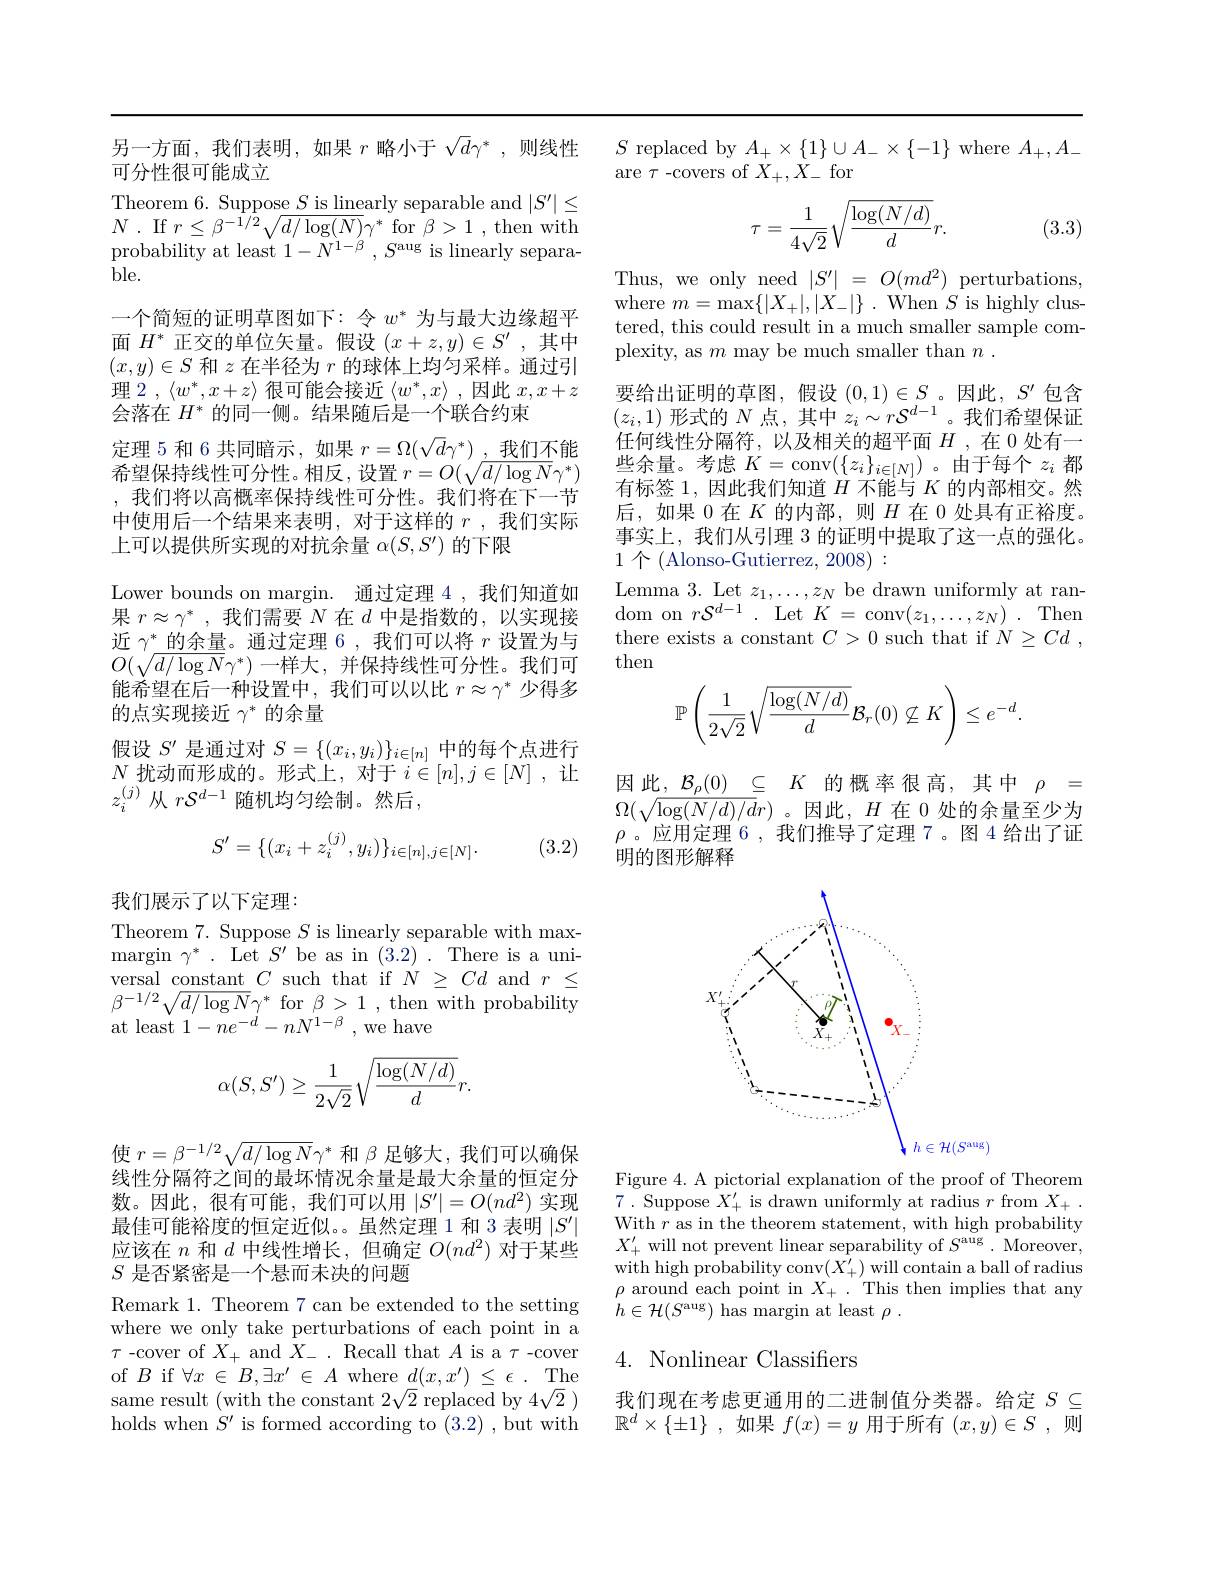
另一方面，我们表明，如果$r$略小于$\sqrt d\gamma^*$,则线性
可分性很可能成立
Theorem 6. Suppose $S$ is linearly separable and $|S^\prime|\leq$ $N$ . If $r\leq \beta ^{- 1/ 2}\sqrt {d/ \log ( N) }\gamma ^{* }$ for $\beta > 1$ ,then with probability at least $1-N^{1-\beta}$ , $S^{\mathrm{aug~is~linearly~separa}}$ ble.
一个简短的证明草图如下：令$w^*$为与最大边缘超平面$H^*$正交的单位矢量。假设$(x+z,y)\in S^\prime$,其中$(x,y)\in S$和$z$在半径为$r$的球体上均匀采样。通过引理 2 , $\langle w^*,x+z\rangle$很可能会接近$\langle w^*,x\rangle$ ,因此$x,x+z$ 会落在$H^*$的同一侧。结果随后是一个联合约束
定理 5 和 6 共同暗示 , 如果$r=\Omega(\sqrt d\gamma^*)$ ,我们不能$\begin{aligned}\text{希望保持线性可分性。相反，设置 }r=O(\sqrt{d/\log N}\gamma^{*})\end{aligned}$ ,我们将以高概率保持线性可分性。我们将在下一节中使用后一个结果来表明，对于这样的$r$ ,我们实际上可以提供所实现的对抗余量$\alpha(S,S^{\prime})$的下限
Lower bounds on margin. 通过定理 4,我们知道如果$r\approx \gamma ^{* }$ ,我们需要$N$在$d$中是指数的，以实现接近$\gamma^*\underline{\text{的余量。通过定理 6,我们可以将 }r}$设置为与$O(\sqrt{d/\log N}\gamma^{*})$一样大，并保持线性可分性。我们可能希望在后一种设置中，我们可以以比$r\approx\gamma^*$少得多的点实现接近$\gamma^*$的余量
假设$S^\prime$是通过对$S=\{(x_i,y_i)\}_{i\in[n]}$中的每个点进行$N$扰动而形成的。形式上，对于$i\in[n],j\in[N]$ ,让$z_i^{(j)}$从$r\mathcal{S}^d-1$随机均匀绘制。然后，
$$S'=\{(x_i+z_i^{(j)},y_i)\}_{i\in[n],j\in[N]}.$$
(3.2)

我们展示了以下定理：

Theorem 7. Suppose $S$ is linearly separable with max- $\operatorname* { margin} \gamma ^{* }$ .Let$S^\prime$ be as in(3.2) . There is a universal constant $C$ such that if $N\geq Cd$ and $r\leq$ $\beta^{-1/2}\sqrt{d/\log N}\gamma^*$ for $\beta>1$ , then with probability at least $1- ne^{- d}- nN^{\dot{1} - \beta }$ ,we have
$$\alpha(S,S')\ge\frac{1}{2\sqrt{2}}\sqrt{\frac{\log(N/d)}{d}}r.$$
使$r=\beta^{-1/2}\sqrt{d/\log N}\gamma^*$和$\beta$足够大，我们可以确保线性分隔符之间的最坏情况余量是最大余量的恒定分数。因此，很有可能，我们可以用$\left|S^\prime\right|=O(nd^2)$ 实现最佳可能裕度的恒定近似。虽然定理 1 和 3 表明$|S^\prime|$ 应该在$n$和$d$中线性增长，但确定$O(nd^2)$对于某些$S$是否紧密是一个悬而未决的问题

Remark 1. Theorem 7 can be extended to the setting where we only take perturbations of each point in a $\tau$ -cover of $X_+$ and $X_-.$ Recall that $A$ is a $\tau$-cover of $B$ if $\forall x\in B,\exists x^\prime\in A$ where $d(x,x^{\prime})\leq\epsilon.$The same result (with the constant $2\sqrt{2}$ replaced by $4\sqrt{2}$ ) holds when $S^\prime$ is formed according to (3.2),but with

$S$ replaced by $A_+\times\{1\}\cup A_-\times\{-1\}$ where $A_+,A_-$
are $\tau$ -covers of $X_+,X_-$ for
$$\tau=\frac{1}{4\sqrt{2}}\sqrt{\frac{\log(N/d)}{d}}r.$$
(3.3)

Thus, we only need $|S^\prime|=O(md^2)$ perturbations where $m=\operatorname*{max}\{|X_{+}|,|X_{-}|\}.$ When $S$ is highly clustered, this could result in a much smaller sample complexity, as $m$ may be much smaller than $n.$
要给出证明的草图，假设 $(0,1)\in S$。因此$,S^\prime$ 包含$(z_i,1)$形式的$N$点，其中$z_i\sim r\mathcal{S}^d-1$。我们希望保证任何线性分隔符，以及相关的超平面$H$ ,在 0 处有一些余量。考虑$K=$conv$(\{z_i\}_{i\in[N]})$ 。由于每个$z_i$都有标签 1, 因此我们知道$H$不能与$K$的内部相交。然后，如果0在$K$的内部，则$H$在 0 处具有正裕度。事实上，我们从引理 3 的证明中提取了这一点的强化。1个(Alonso-Gutierrez, 2008):
Lemma 3. Let $z_1,\ldots,z_N$ be drawn uniformly at ran- $\operatorname{dom}$ on$r\mathcal{S}^{d-1}.$Let$K=$conv$(z_1,\ldots,z_N).$Ther there exists a constant $C>0$ such that if $N\geq Cd$ , then
$$\mathbb{P}\left(\frac{1}{2\sqrt{2}}\sqrt{\frac{\log(N/d)}{d}}\mathcal{B}_{r}(0)\not\subseteq K\right)\leq e^{-d}.$$
因此，$\mathcal{B}_\rho(0)\subseteq K$的概率很高，其中$\rho=$ $\Omega(\sqrt{\log(N/d)/d}r)$。因此$,H$ 在 0 处的余量至少为$\rho$。应用定理 6,我们推导了定理 7。图 4 给出了证明的图形解释

<FigureHere>

Figure 4. A pictorial explanation of the proof of Theorem 7. Suppose $X_+^\prime$ is drawn uniformly at radius $r$ from $X_+.$ With $r$ as in the theorem statement, with high probability $X_+^{\prime}$ will not prevent linear separability of $S^\mathrm{aug}.$ Moreover, with high probability conv$(X_+^{\prime})$ will contain a ball of radius $\rho$ around each point in $X_+.$ This then implies that any $h\in \mathcal{H} ( S^{\mathrm{aug}})$ has margin at least $\rho.$

## 4. Nonlinear Classifiers

我们现在考虑更通用的二进制值分类器。给定$S\subseteq$ $\mathbb{R} ^d\times \{ \pm 1\}$ ,如果$f(x)=y$用于所有$( x, y) \in S$ ,则